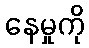
နေမှုကို